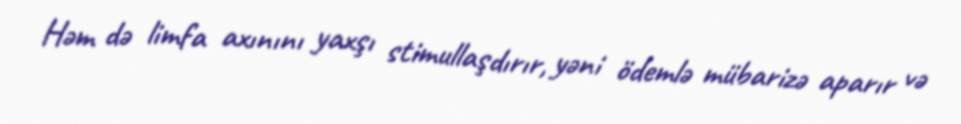
Həm də limfa axınını yaxşı stimullaşdırır, yəni ödemlə mübarizə aparır və